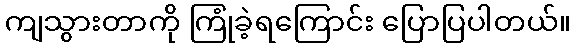
ကျသွားတာကို ကြုံခဲ့ရကြောင်း ပြောပြပါတယ်။